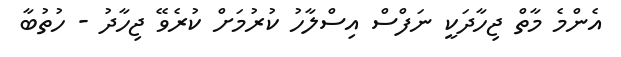
އެންމެ މާތް ޖިހާދަކީ ނަފްސް އިސްލާހު ކުރުމަށް ކުރެވޭ ޖިހާދު - ހުތުބާ